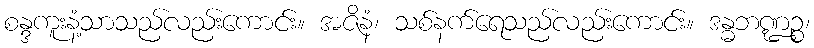
စန္ဒကူးနံ့သာသည်လည်းကောင်း။ အဇိနံ၊ သစ်နက်ရေသည်လည်းကောင်း။ ဒန္ဓဘဏ္ဍဉ္စ၊